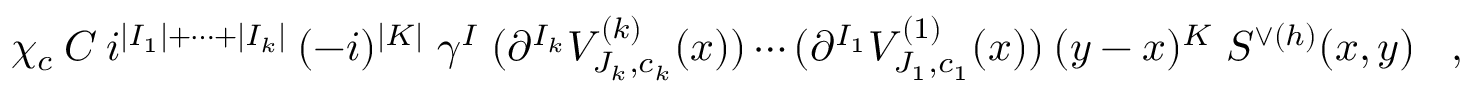
\chi _ { c } \: C \: i ^ { | I _ { 1 } | + \cdots + | I _ { k } | } \: ( - i ) ^ { | K | } \; \gamma ^ { I } \; ( \partial ^ { I _ { k } } V _ { J _ { k } , c _ { k } } ^ { ( k ) } ( x ) ) \cdots ( \partial ^ { I _ { 1 } } V _ { J _ { 1 } , c _ { 1 } } ^ { ( 1 ) } ( x ) ) \: ( y - x ) ^ { K } \; S ^ { \vee ( h ) } ( x , y ) \; \; \; ,